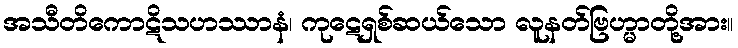
အသီတိကောဋိသဟဿာနံ၊ ကုဋေရှစ်ဆယ်သော လူနတ်ဗြဟ္မာတို့အား။